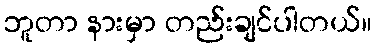
ဘူတာ နားမှာ တည်းချင်ပါတယ်။